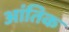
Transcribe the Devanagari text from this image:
आंतिक